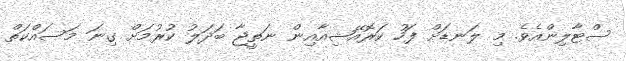
ސްޓާލިންއެވެ. މި ލަނޑަށް ފަހު ކަރޮއޭޝިއާއިން ނަތީޖާ ބަދަލު ކުރުމަށް ގިނަ މަސައްކަތް